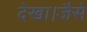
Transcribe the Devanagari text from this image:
देखा।जैसे